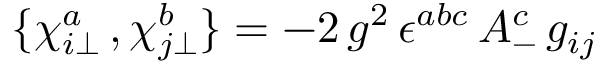
\{ \chi _ { i \bot } ^ { a } \, , \chi _ { j \bot } ^ { b } \} = - 2 \, g ^ { 2 } \, \epsilon ^ { a b c } \, A _ { - } ^ { c } \, g _ { i j }